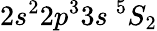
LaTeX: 2s^{2}2p^{3}3s~^{5}S_{2}